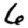
Digit: 6